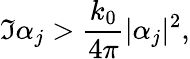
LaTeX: \Im{\alpha_{j}}>\frac{k_{0}}{4\pi}|\alpha_{j}|^{2},